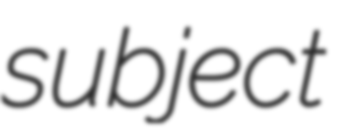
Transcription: subject